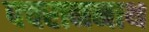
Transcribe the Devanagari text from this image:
पचराननाथ